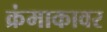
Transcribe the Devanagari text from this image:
क्रंमाकावर